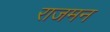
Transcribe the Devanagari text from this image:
राजमन